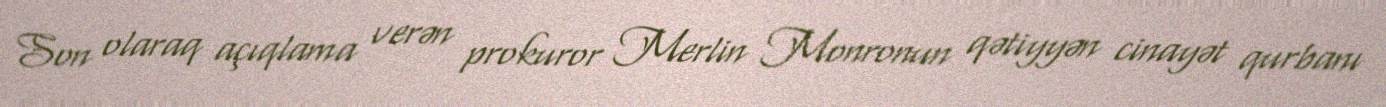
Son olaraq açıqlama verən prokuror Merlin Monronun qətiyyən cinayət qurbanı